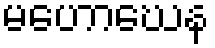
မဟောဃေန